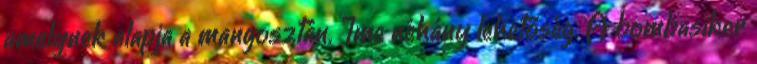
amelynek alapja a mangosztán. Íme néhány lehetőség. A bombasiker